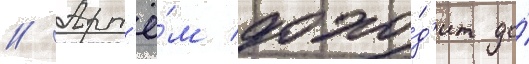
// Арт'ё́м дохо́д'ит до́